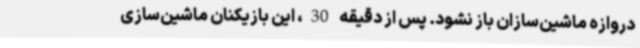
دروازه ماشین‌سازان باز نشود. پس از دقیقه 30، این بازیکنان ماشین‌سازی